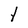
Character: l